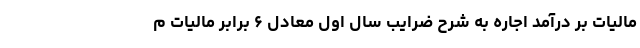
مالیات بر درآمد اجاره به شرح ضرایب سال اول معادل ۶ برابر مالیات م